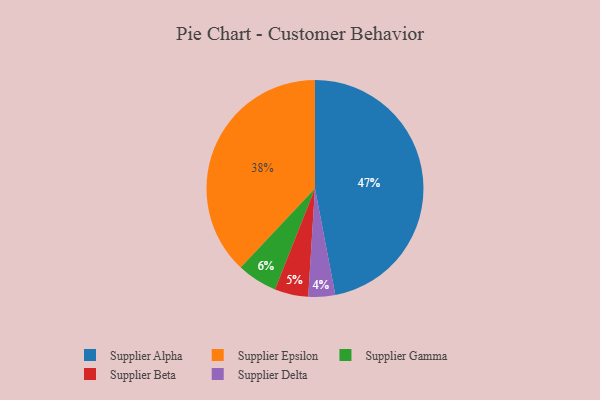
{"axis": {"x": "Category", "y": "Percentage"}, "legend": ["Supplier Alpha", "Supplier Beta", "Supplier Delta", "Supplier Epsilon", "Supplier Gamma"], "data": [{"x": "Supplier Alpha", "y": 47, "type": "Supplier Alpha"}, {"x": "Supplier Beta", "y": 5, "type": "Supplier Beta"}, {"x": "Supplier Epsilon", "y": 38, "type": "Supplier Epsilon"}, {"x": "Supplier Delta", "y": 4, "type": "Supplier Delta"}, {"x": "Supplier Gamma", "y": 6, "type": "Supplier Gamma"}]}